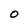
Character: O